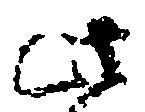
此